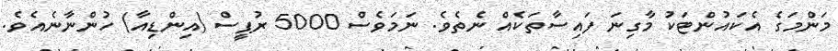
މަންމަގެ އެކައުންޓަކު މާގިނަ ފައިސާތަކެއް ނެތެވެ. ނަމަވެސް 5000 ރުޕީސް (އިންޑިއާ) ހުންނާނެއެވެ.